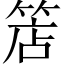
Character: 𥯎